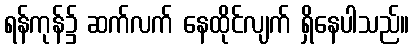
ရန်ကုန်၌ ဆက်လက် နေထိုင်လျက် ရှိနေပါသည်။